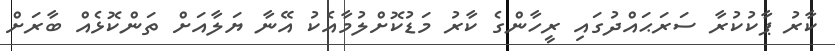
ކާރު ޕާކުކުރާ ސަރަޙައްދުގައި ރީހާންގެ ކާރު މަޑުކޮށްލުމާއެކު އޭނާ ޔަލާއަށް ތަންކޮޅެއް ބާރަށް